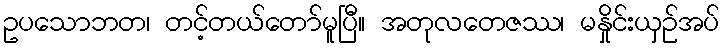
ဥပသောဘတ၊ တင့်တယ်တော်မူပြီ။ အတုလတေဇဿ၊ မနှိုင်းယှဉ်အပ်